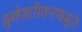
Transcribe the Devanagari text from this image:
गुन्हेगारीकरणामुळे